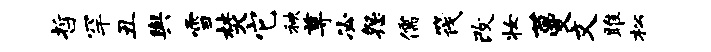
哲罕丑舆雪焚它秧尊必怨儒筏改妆蔓文雎松